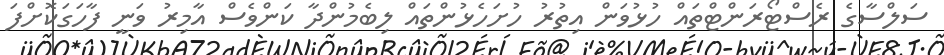
ސަލްސާގެ ރެސްޓޯރަންޓްތައް ހުޅުވަން އިތުރު ހުށަހެޅުންތައް ލިބެމުންދާ ކަންވެސް އާމިރު ވަނީ ފާހަގަކޮށްފަ